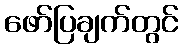
ဖော်ပြချက်တွင်